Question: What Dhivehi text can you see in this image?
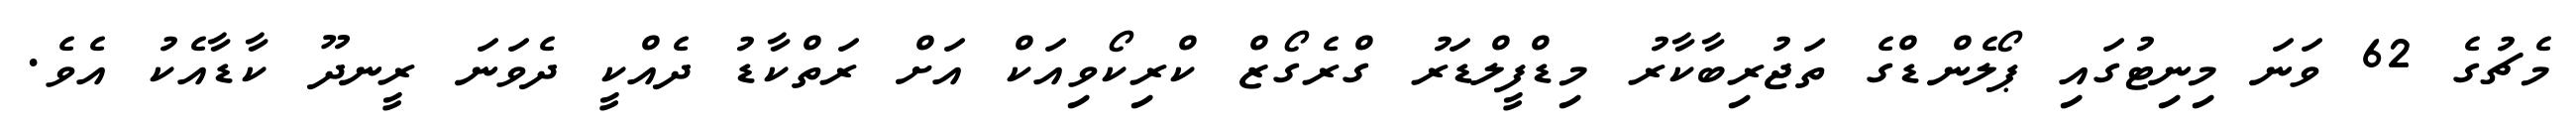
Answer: މެޗުގެ 62 ވަނަ މިނިޓުގައި ޕޯލެންޑްގެ ތަޖުރިބާކާރު މިޑްފީލްޑަރު ގްރެގޯޒް ކްރިކޯވިއަކް އަށް ރަތްކާޑު ދެއްކީ ދެވަނަ ރީނދޫ ކާޑާއެކު އެވެ.